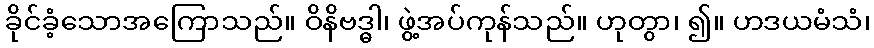
ခိုင်ခံ့သောအကြောသည်။ ဝိနိဗဒ္ဓါ၊ ဖွဲ့အပ်ကုန်သည်။ ဟုတွာ၊ ၍။ ဟဒယမံသံ၊